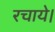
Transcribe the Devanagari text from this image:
रचाये।